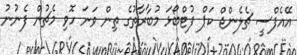
އޭއެފްސީ ޗެލެންޖް ކަޕް ފުޓްބޯޅަ މުބާރާތުގެ ތިން ވަނަ ހޮވި މެޗުން ފެނުނު